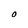
Character: O